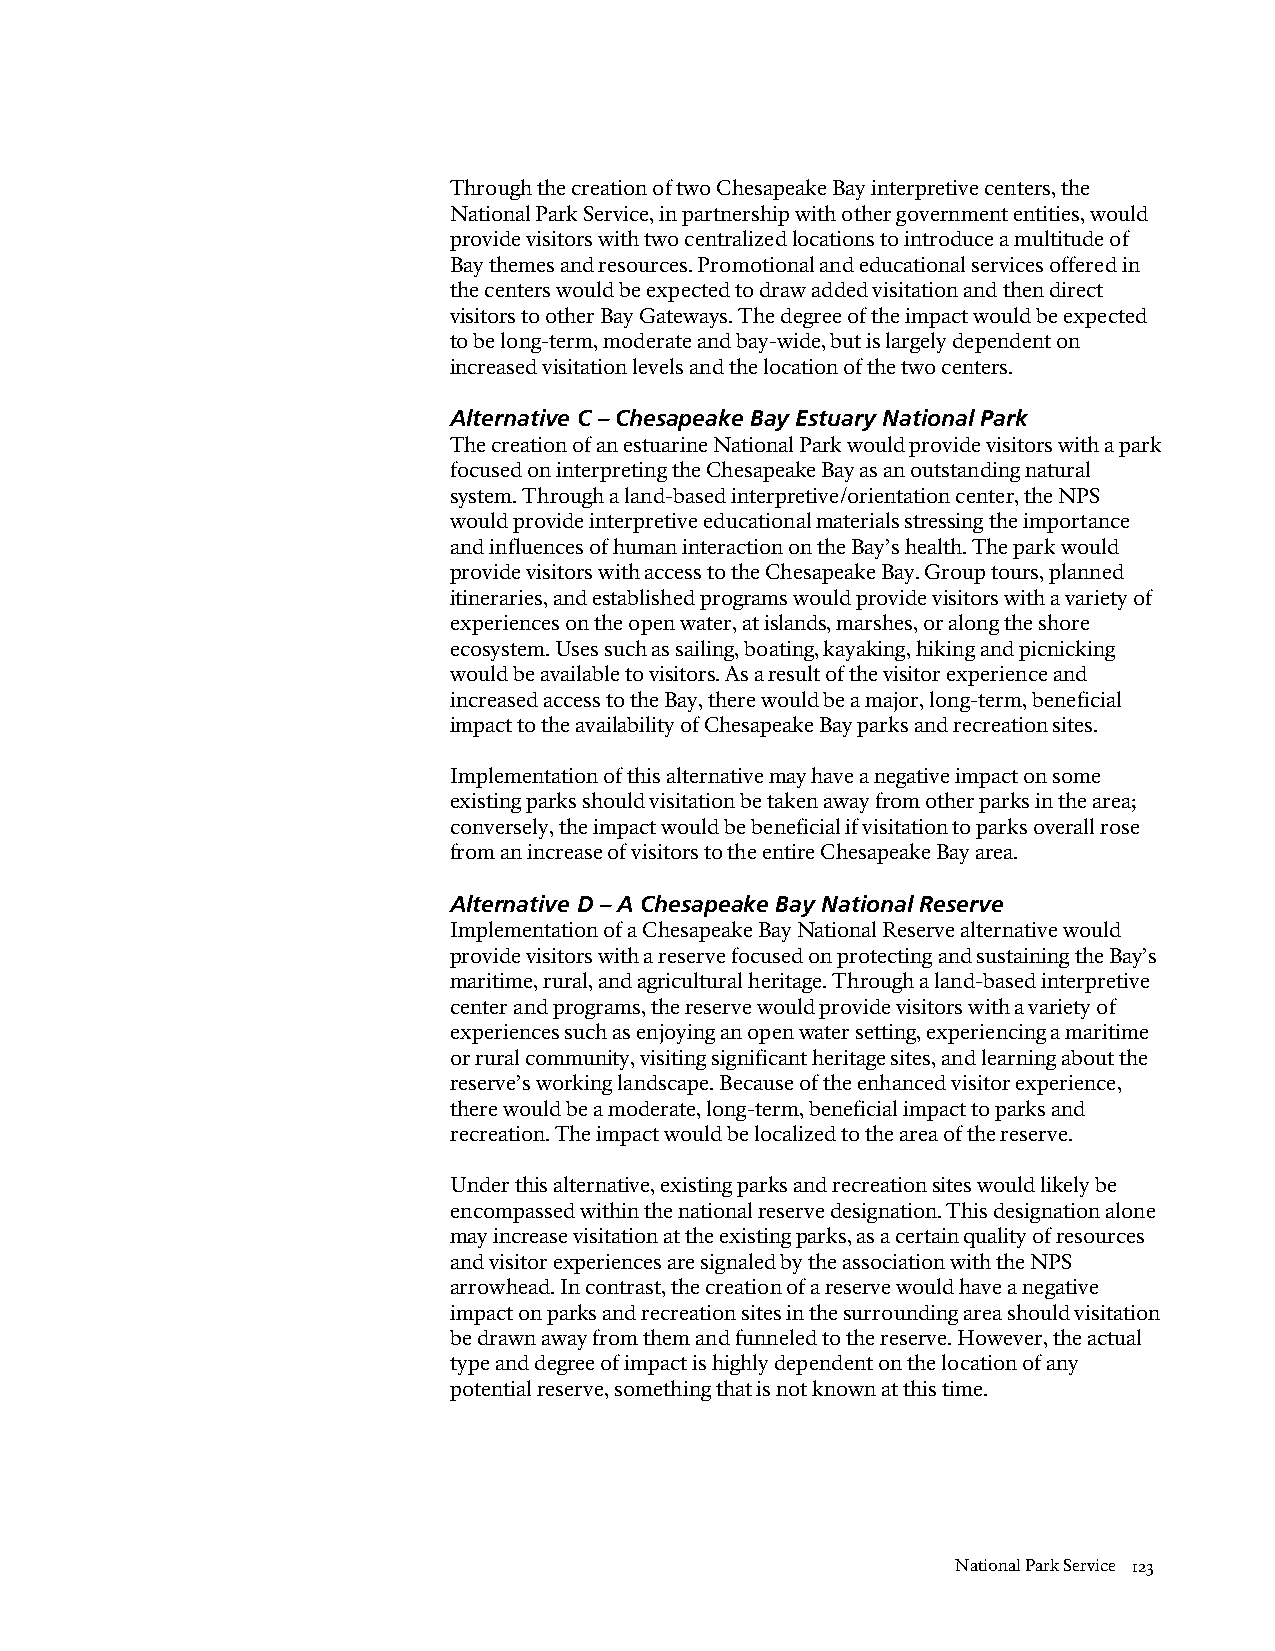
Through the creation of two Chesapeake Bay interpretive centers, the
 National Park Service, in partnership with other government entities, would
 provide visitors with two centralized locations to introduce a multitude of
 Bay themes and resources. Promotional and educational services offered in
 the centers would be expected to draw added visitation and then direct
 visitors to other Bay Gateways. The degree of the impact would be expected
 to be long-term, moderate and bay-wide, but is largely dependent on
 increased visitation levels and the location of the two centers.
 Alternative C – Chesapeake Bay Estuary National Park
 The creation of an estuarine National Park would provide visitors with a park
 focused on interpreting the Chesapeake Bay as an outstanding natural
 system. Through a land-based interpretive/orientation center, the NPS
 would provide interpretive educational materials stressing the importance
 and influences of human interaction on the Bay’s health. The park would
 provide visitors with access to the Chesapeake Bay. Group tours, planned
 itineraries, and established programs would provide visitors with a variety of
 experiences on the open water, at islands, marshes, or along the shore
 ecosystem. Uses such as sailing, boating, kayaking, hiking and picnicking
 would be available to visitors. As a result of the visitor experience and
 increased access to the Bay, there would be a major, long-term, beneficial
 impact to the availability of Chesapeake Bay parks and recreation sites.
 Implementation of this alternative may have a negative impact on some
 existing parks should visitation be taken away from other parks in the area;
 conversely, the impact would be beneficial if visitation to parks overall rose
 from an increase of visitors to the entire Chesapeake Bay area.
 Alternative D – A Chesapeake Bay National Reserve
 Implementation of a Chesapeake Bay National Reserve alternative would
 provide visitors with a reserve focused on protecting and sustaining the Bay’s
 maritime, rural, and agricultural heritage. Through a land-based interpretive
 center and programs, the reserve would provide visitors with a variety of
 experiences such as enjoying an open water setting, experiencing a maritime
 or rural community, visiting significant heritage sites, and learning about the
 reserve’s working landscape. Because of the enhanced visitor experience,
 there would be a moderate, long-term, beneficial impact to parks and
 recreation. The impact would be localized to the area of the reserve.
 Under this alternative, existing parks and recreation sites would likely be
 encompassed within the national reserve designation. This designation alone
 may increase visitation at the existing parks, as a certain quality of resources
 and visitor experiences are signaled by the association with the NPS
 arrowhead. In contrast, the creation of a reserve would have a negative
 impact on parks and recreation sites in the surrounding area should visitation
 be drawn away from them and funneled to the reserve. However, the actual
 type and degree of impact is highly dependent on the location of any
 potential reserve, something that is not known at this time.
 National Park Service 123